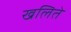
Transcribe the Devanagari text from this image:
खलिते